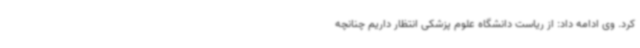
کرد. وی ادامه داد: از ریاست دانشگاه علوم پزشکی انتظار داریم چنانچه